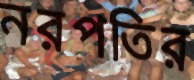
নরপতির